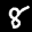
Label: 8